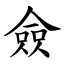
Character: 僉